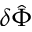
\delta \hat { \Phi }